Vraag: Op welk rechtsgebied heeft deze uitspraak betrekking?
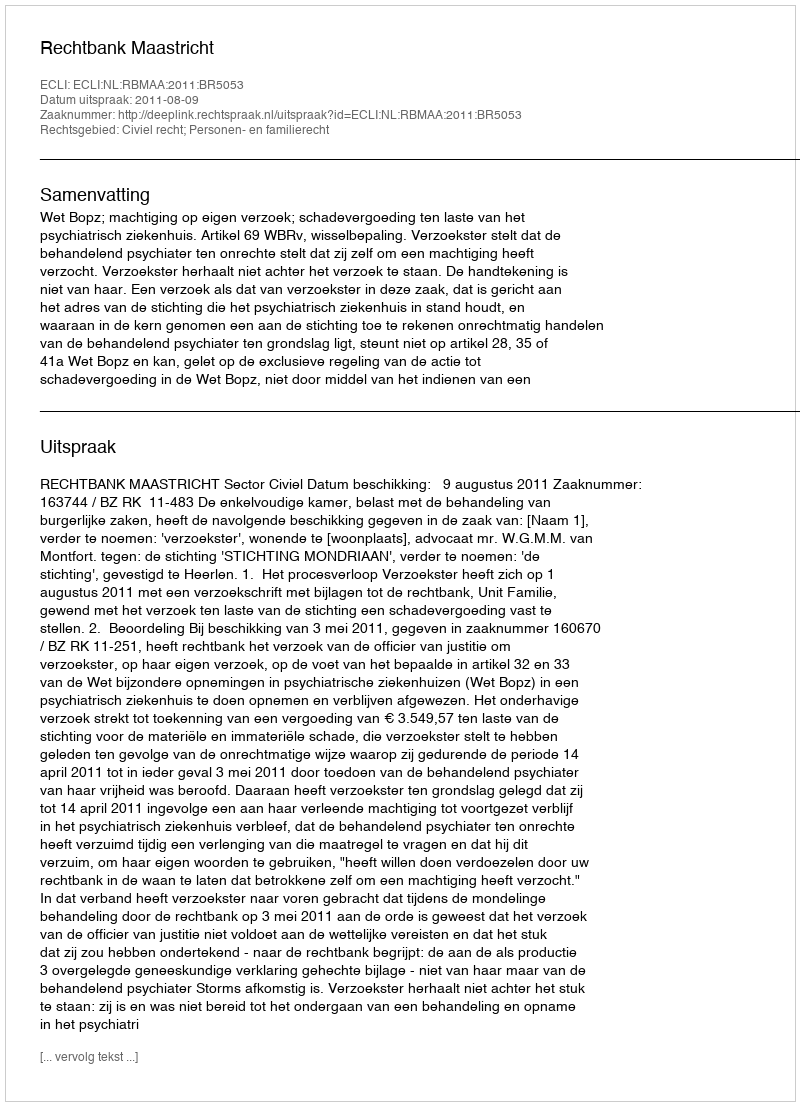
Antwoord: Civiel recht; Personen- en familierecht